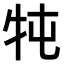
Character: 𤘫